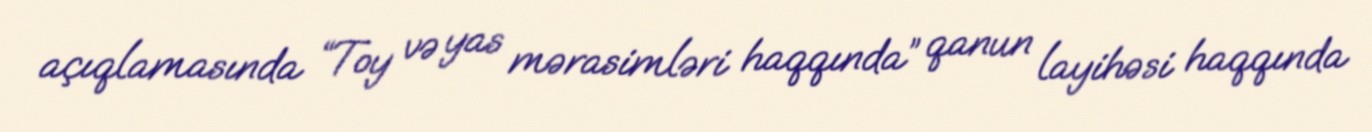
açıqlamasında “Toy və yas mərasimləri haqqında” qanun layihəsi haqqında